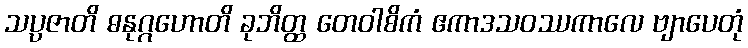
သပ္ပဇာတိ ဓနုဂ္ဂဟောတိ ခုဘိတ္ထ တေဝါစိကံ ဧကာဒသဝဿကာလေ ဗျာပေတုံ